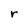
Character: r